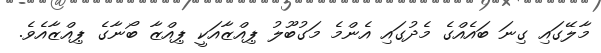
މާލޭގައި ގިނަ ބައެއްގެ މެދުގައި އެންމެ މަގުބޫލު ޕިއްޒާއަކީ ޕިއްޒާ ބޯނާގެ ޕިއްޒާއެވެ.